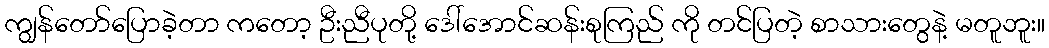
ကျွန်တော်ပြောခဲ့တာ ကတော့ ဦးညီပုတို့ ဒေါ်အောင်ဆန်းစုကြည် ကို တင်ပြတဲ့ စာသားတွေနဲ့ မတူဘူး။